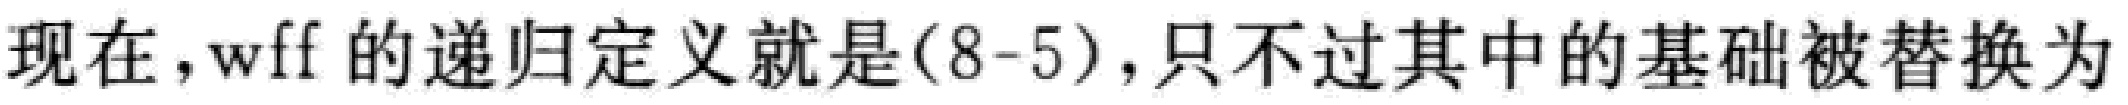
现在，wff 的递归定义就是(8-5)，只不过其中的基础被替换为